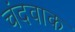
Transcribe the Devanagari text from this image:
चंदवाक